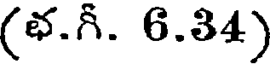
(భ.గీ. 6.34)